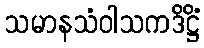
သမာနသံဝါသကဒိဋ္ဌိံ